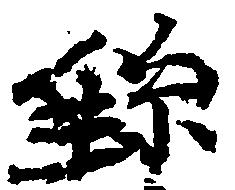
＊